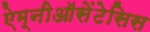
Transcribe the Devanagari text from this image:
ऐम्नीऑसेंटेसिस